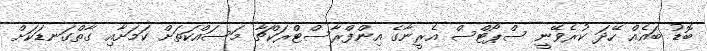
ބޮޑު ބައެއް ހޭދަ ކުރެވޭނީ ސްޕޯޓްސް އެރީނާގެ އިންފްރާސްޓްރަކްޗާ މަސައްކަތަށް ކަމަށާއި ގާތްގަނޑަކަށް